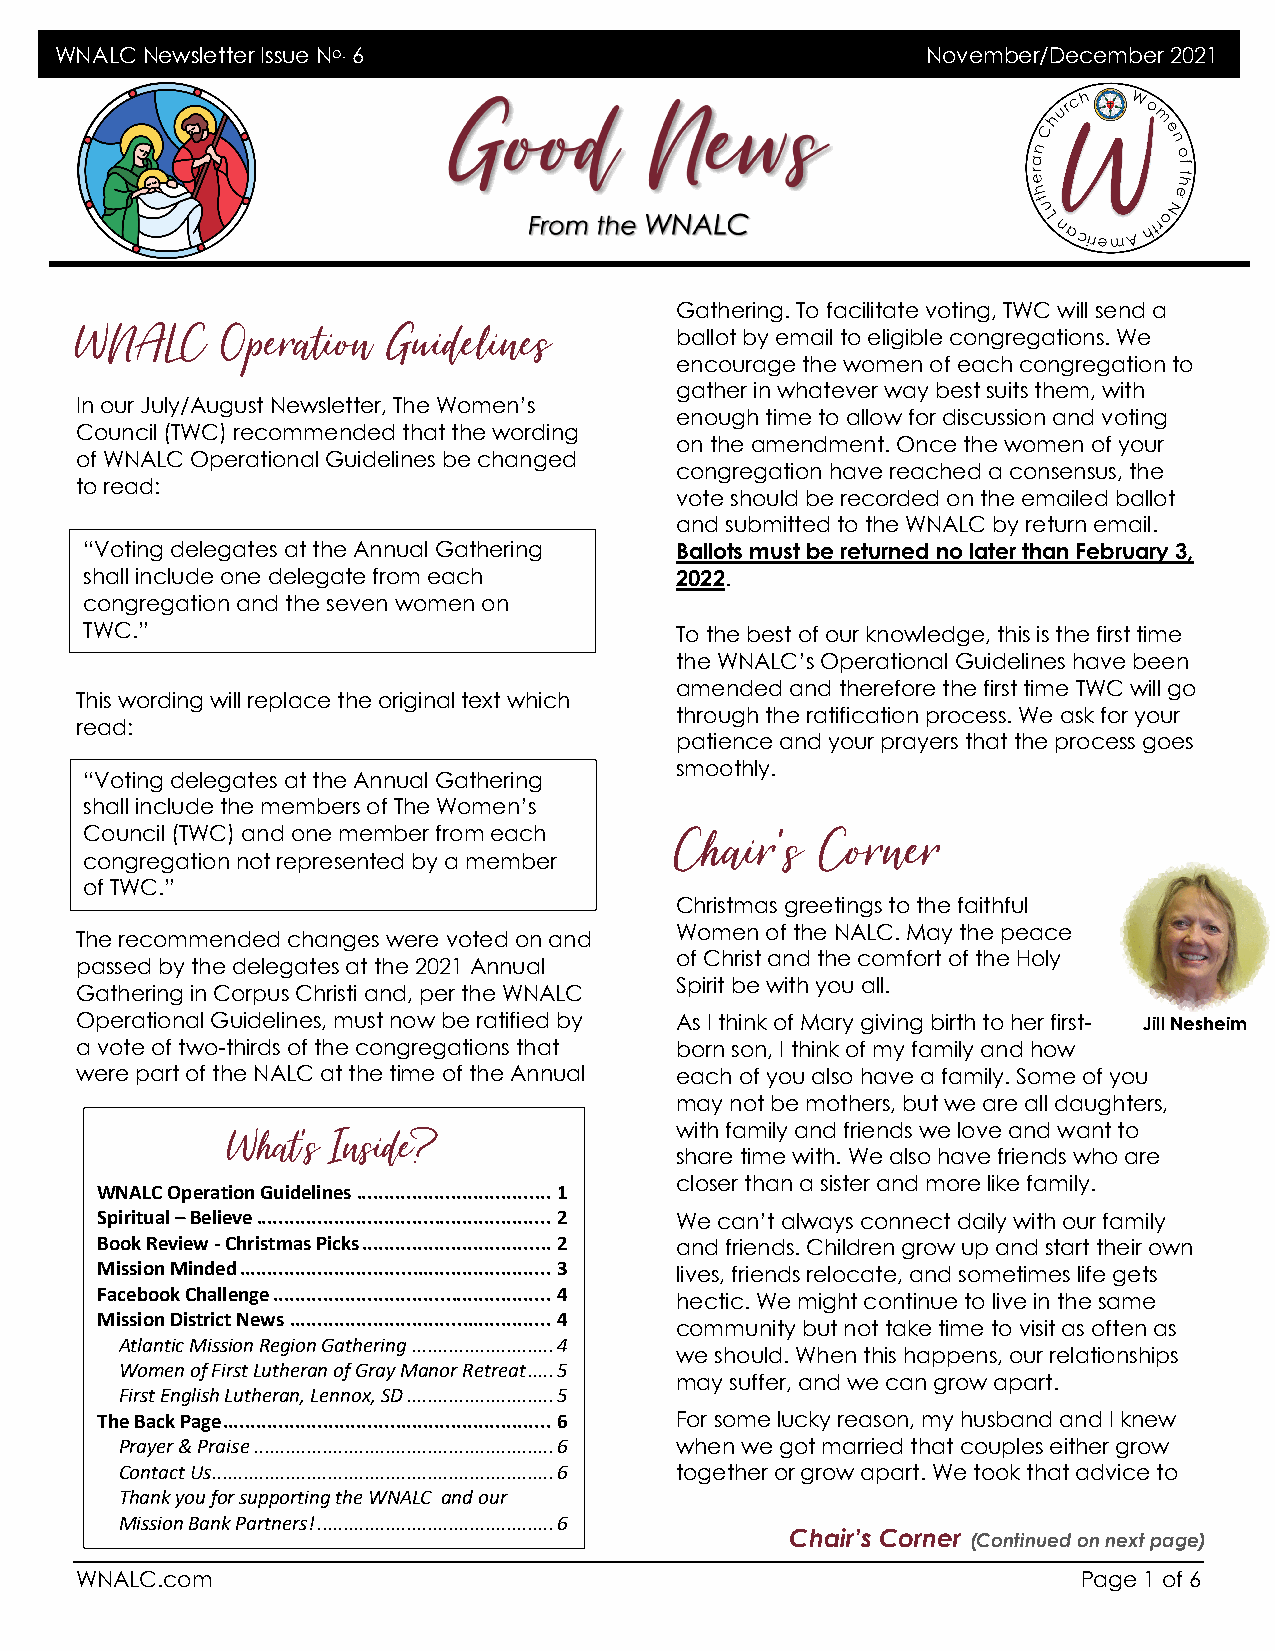
WNALC Newsletter Issue No. 6                             November/December 2021
 Gathering. To facilitate voting, TWC will send a
 WNALC     Operation  Guidelines
 ballot by email to eligible congregations. We
 encourage the women of each congregation to
 gather in whatever way best suits them, with
 In our July/August Newsletter, The Women’s
 enough time to allow for discussion and voting
 Council (TWC) recommended that the wording
 on the amendment. Once the women of your
 of WNALC Operational Guidelines be changed
 congregation have reached a consensus, the
 to read:
 vote should be recorded on the emailed ballot
 and submitted to the WNALC by return email.
 “Voting delegates at the Annual Gathering Ballots must be returned no later than February 3,
 shall include one delegate from each   2022.
 congregation and the seven women on
 TWC.”                                  To the best of our knowledge, this is the first time
 the WNALC’s Operational Guidelines have been
 amended and therefore the first time TWC will go
 This wording will replace the original text which
 through the ratification process. We ask for your
 read:
 patience and your prayers that the process goes
 smoothly.
 “Voting delegates at the Annual Gathering
 shall include the members of The Women’s
 Council (TWC) and one member from each Chair’s  Corner
 congregation not represented by a member
 of TWC.”
 Christmas greetings to the faithful
 Women of the NALC. May the peace
 The recommended changes were voted on and
 of Christ and the comfort of the Holy
 passed by the delegates at the 2021 Annual
 Spirit be with you all.
 Gathering in Corpus Christi and, per the WNALC
 Operational Guidelines, must now be ratified by As I think of Mary giving birth to her first- Jill Nesheim
 a vote of two-thirds of the congregations that born son, I think of my family and how
 were part of the NALC at the time of the Annual each of you also have a family. Some of you
 may not be mothers, but we are all daughters,
 What’s Inside?                with family and friends we love and want to
 share time with. We also have friends who are
 closer than a sister and more like family.
 WNALC Operation Guidelines ................................... 1
 Spiritual – Believe ..................................................... 2 We can’t always connect daily with our family
 Book Review - Christmas Picks .................................. 2 and friends. Children grow up and start their own
 Mission Minded ........................................................ 3 lives, friends relocate, and sometimes life gets
 Facebook Challenge .................................................. 4
 hectic. We might continue to live in the same
 Mission District News ............................................... 4
 community but not take time to visit as often as
 Atlantic Mission Region Gathering ........................... 4
 we should. When this happens, our relationships
 Women of First Lutheran of Gray Manor Retreat ..... 5
 may suffer, and we can grow apart.
 First English Lutheran, Lennox, SD ............................ 5
 The Back Page ........................................................... 6 For some lucky reason, my husband and I knew
 Prayer & Praise ......................................................... 6 when we got married that couples either grow
 Contact Us ................................................................. 6 together or grow apart. We took that advice to
 Thank you for supporting the WNALC and our
 Mission Bank Partners! ............................................. 6
 Chair’s Corner (Continued on next page)
 WNALC.com                                                          Page 1 of 6